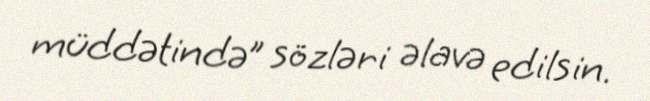
müddətində” sözləri əlavə edilsin.